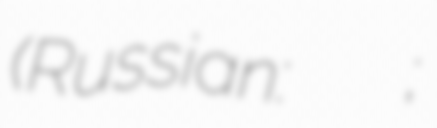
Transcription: (Russian: Алексей Серге́евич Подпругин;